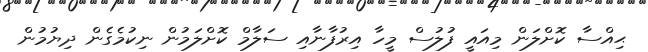
ޙިއްސާ ކޮށްލަން މިއައީ ފުލުސް މީހާ އިރުފާނާއި ސަލާމް ކޮށްލަމުން ނިކުމެގެން ދިޔުމުން